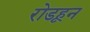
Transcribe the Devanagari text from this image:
रोडहून